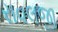
રાવલજી